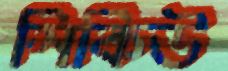
সিকিউ